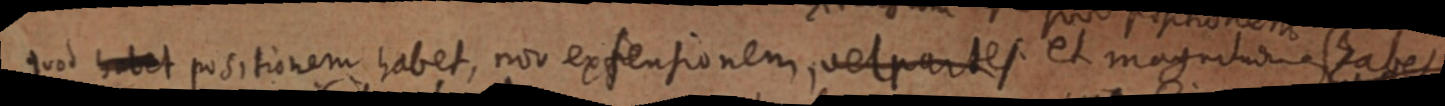
quod habet positionem habet, non extensionem, vel partes et magnitudinem habet